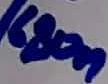
Text: 680n